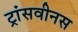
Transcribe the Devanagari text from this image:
ट्रांसवीनस